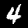
Label: 4